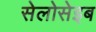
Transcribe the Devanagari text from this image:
सेलोसेइब